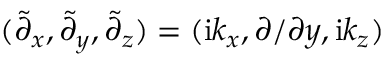
( \tilde { \partial } _ { x } , \tilde { \partial } _ { y } , \tilde { \partial } _ { z } ) = ( \mathrm { i } k _ { x } , \partial / \partial y , \mathrm { i } k _ { z } )